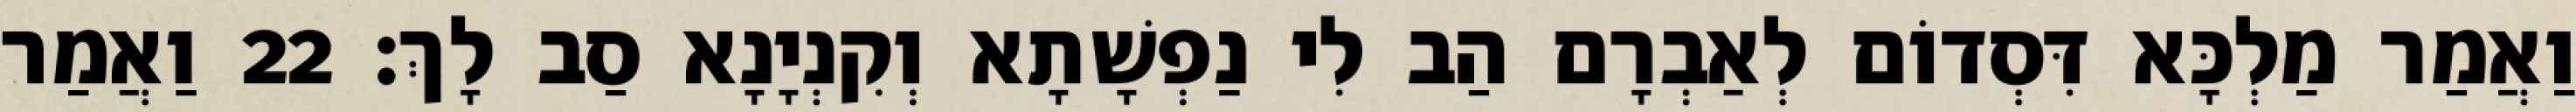
וַאֲמַר מַלְכָּא דִּסְדוֹם לְאַבְרָם הַב לִי נַפְשָׁתָא וְקִנְיָנָא סַב לָךְ׃ 22 וַאֲמַר